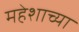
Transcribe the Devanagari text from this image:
महेशाच्या